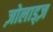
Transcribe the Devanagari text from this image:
ज़ोलाड्ज़